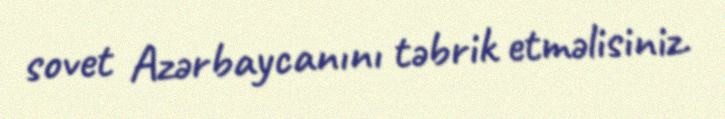
sovet Azərbaycanını təbrik etməlisiniz.